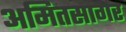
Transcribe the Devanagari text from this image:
अमितसागर